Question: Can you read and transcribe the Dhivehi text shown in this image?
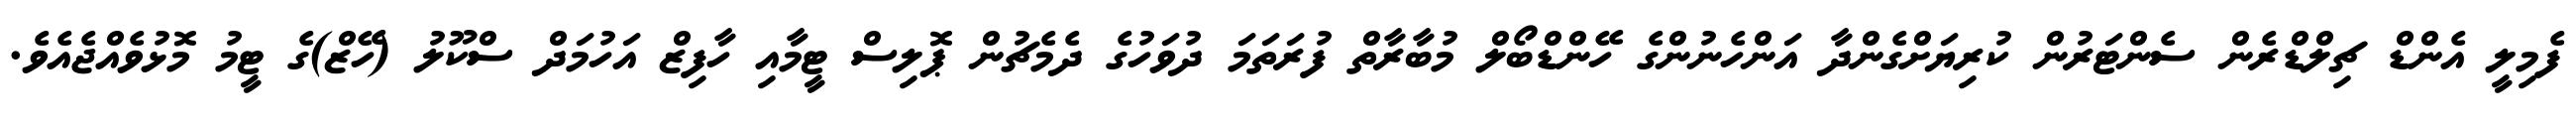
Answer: ފެމިލީ އެންޑް ޗިލްޑްރެން ސެންޓަރުން ކުރިޔަށްގެންދާ އަންހެނުންގެ ހޭންޑްބޯލް މުބާރާތް ފުރަތަމަ ދުވަހުގެ ދެމެޗުން ޕޮލިސް ޓީމާއި ހާފިޒް އަހުމަދް ސްކޫލު (ހޭޒް)ގެ ޓީމު މޮޅުވެއްޖެއެވެ.